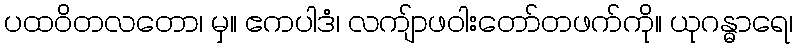
ပထဝိတလတော၊ မှ။ ဧကပါဒံ၊ လကျ်ာဖဝါးတော်တဖက်ကို။ ယုဂန္ဓာရေ၊